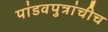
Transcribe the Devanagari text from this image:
पांडवपुत्रांचीच